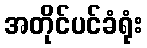
အတိုင်ပင်ခံရုံး